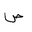
Letter: _sad